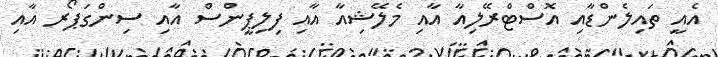
އެއީ ތައިލެންޑާއި އޮސްޓްރޭލިއާ އާއި މެލޭޝިއާ އާއި ފިލިޕީންސް އާއި ސިންގަޕޯރ އާއި